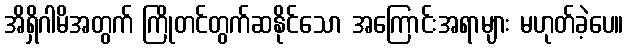
အိရှိဂါမိအတွက် ကြိုတင်တွက်ဆနိုင်သော အကြောင်းအရာများ မဟုတ်ခဲ့ပေ။